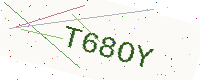
Text: T68OY